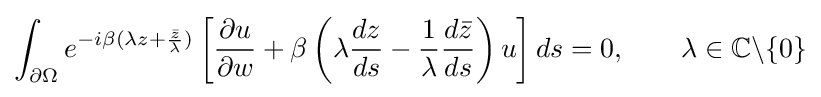
\int _{\partial \Omega }e^{-i\beta (\lambda z+{\frac {\bar {z}}{\lambda }})}\left[{\frac {\partial u}{\partial w}}+\beta \left(\lambda {\frac {dz}{ds}}-{\frac {1}{\lambda }}{\frac {d{\bar {z}}}{ds}}\right)u\right]ds=0,\qquad \lambda \in \mathbb {C} \backslash \{0\}